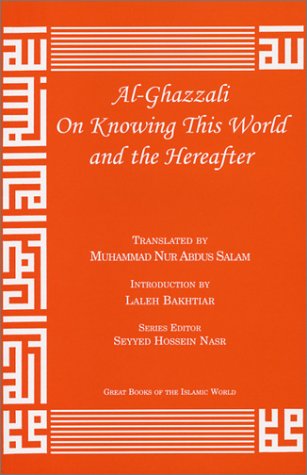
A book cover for Al-Ghazzali On Knowing This World and the Hereafter (Great Books of the Islamic World); AbÃ» HÃ¢mid Muhammad ibn Muhammad al-GhazÃ¢lÃ®; Religion & Spirituality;